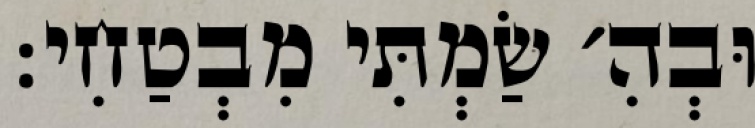
וּבְהִ׳ שַׂמְתִּי מִבְטַחִי: